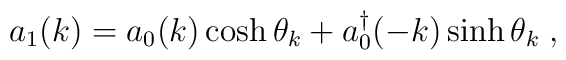
a_1 (k) =  a_0 (k) \cosh \theta_k + a_0^\dagger (-k) \sinh \theta_k \; ,